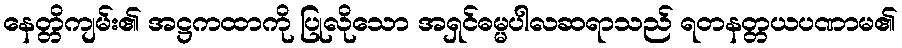
နေတ္တိကျမ်း၏ အဋ္ဌကထာကို ပြုလိုသော အရှင်ဓမ္မပါလဆရာသည် ရတနတ္တယပဏာမ၏